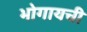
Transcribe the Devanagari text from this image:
भोगायची